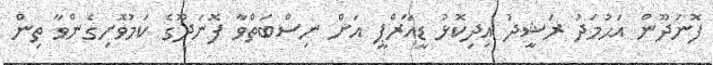
ފޮނަދޫން އަޙުމަދު ރަޝީދު އިދިކޮޅު ޑީއާރްޕީ އަށް ނިސްބަތްވާ ފޮނަދޫގެ ކަމުވޮށިގެންވާ ތިން